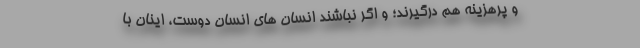
و پرهزینه هم درگیرند؛ و اگر نباشند انسان های انسان دوست، اینان با